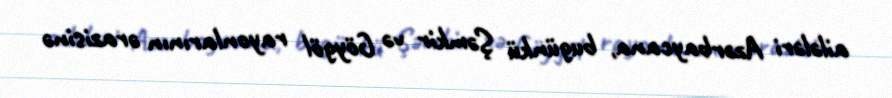
ailələri Azərbaycana, bugünkü Şəmkir və Göygöl rayonlarının ərazisinə